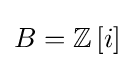
B=\mathbb {Z} \left\lbrack i\right\rbrack